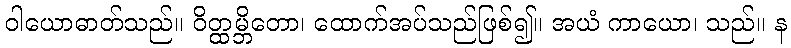
ဝါယောဓာတ်သည်။ ဝိတ္ထမ္ဘိတော၊ ထောက်အပ်သည်ဖြစ်၍။ အယံ ကာယော၊ သည်။ န